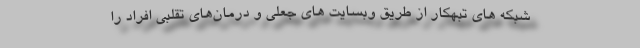
شبکه های تبهکار از طریق وبسایت های جعلی و درمان‌های تقلبی افراد را